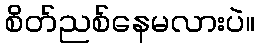
စိတ်ညစ်နေမလားပဲ။